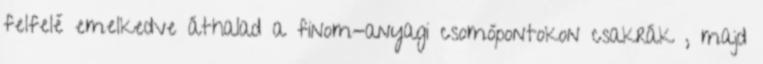
felfelé emelkedve áthalad a finom-anyagi csomópontokon csakrák , majd